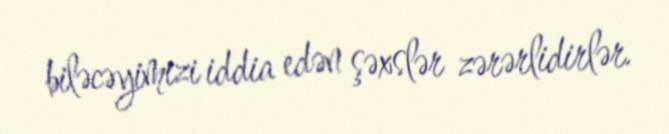
biləcəyimizi iddia edən şəxslər zərərlidirlər.